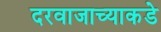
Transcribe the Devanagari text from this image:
दरवाजाच्याकडे